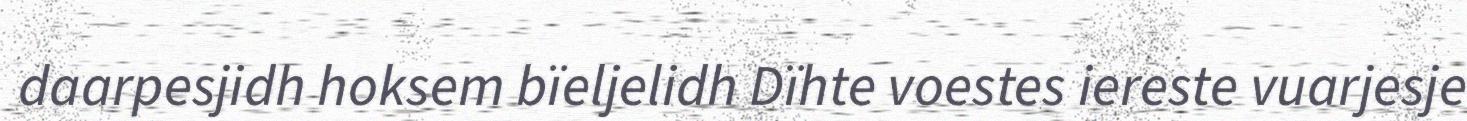
daarpesjidh hoksem bïeljelidh Dïhte voestes iereste vuarjesje